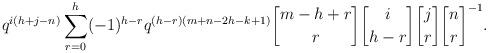
LaTeX: \begin{gather*}q^{i(h+j-n)}\sum_{r=0}^{h}(-1)^{h-r}q^{(h-r)(m+n-2h-k+1)}{m-h+r \brack r}{i\brack h-r}{j\brack r}{n\brack r}^{-1}.\end{gather*}